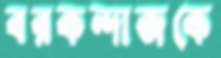
বরকন্দাজকে